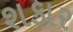
શકાર